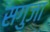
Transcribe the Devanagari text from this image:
सगुजा